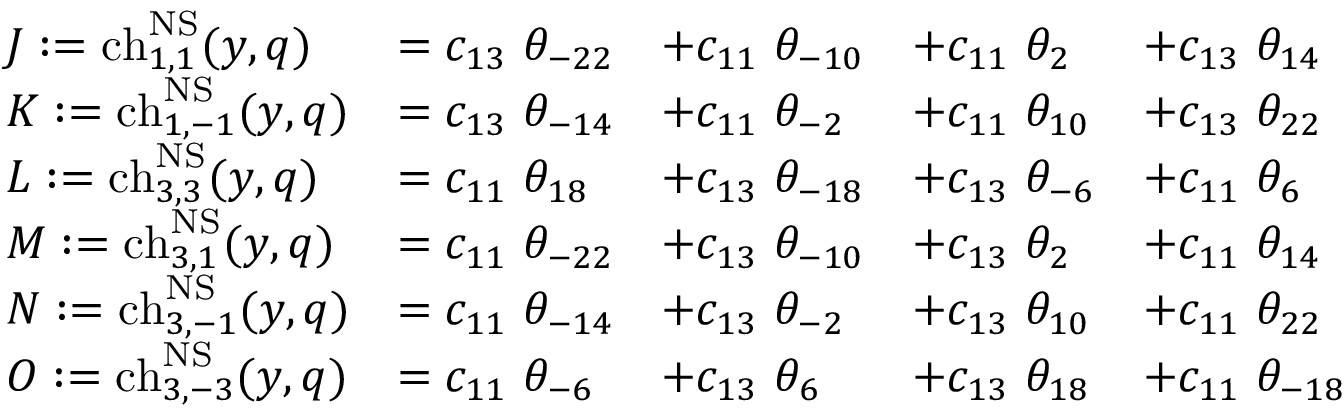
\begin{array} { l l l l l } { { J : = \mathrm { c h } _ { 1 , 1 } ^ { \mathrm { N S } } ( y , q ) } } & { { = c _ { 1 3 } ~ \theta _ { - 2 2 } } } & { { + c _ { 1 1 } ~ \theta _ { - 1 0 } } } & { { + c _ { 1 1 } ~ \theta _ { 2 } } } & { { + c _ { 1 3 } ~ \theta _ { 1 4 } } } \\ { { K : = \mathrm { c h } _ { 1 , - 1 } ^ { \mathrm { N S } } ( y , q ) } } & { { = c _ { 1 3 } ~ \theta _ { - 1 4 } } } & { { + c _ { 1 1 } ~ \theta _ { - 2 } } } & { { + c _ { 1 1 } ~ \theta _ { 1 0 } } } & { { + c _ { 1 3 } ~ \theta _ { 2 2 } } } \\ { { L : = \mathrm { c h } _ { 3 , 3 } ^ { \mathrm { N S } } ( y , q ) } } & { { = c _ { 1 1 } ~ \theta _ { 1 8 } } } & { { + c _ { 1 3 } ~ \theta _ { - 1 8 } } } & { { + c _ { 1 3 } ~ \theta _ { - 6 } } } & { { + c _ { 1 1 } ~ \theta _ { 6 } } } \\ { { M : = \mathrm { c h } _ { 3 , 1 } ^ { \mathrm { N S } } ( y , q ) } } & { { = c _ { 1 1 } ~ \theta _ { - 2 2 } } } & { { + c _ { 1 3 } ~ \theta _ { - 1 0 } } } & { { + c _ { 1 3 } ~ \theta _ { 2 } } } & { { + c _ { 1 1 } ~ \theta _ { 1 4 } } } \\ { { N : = \mathrm { c h } _ { 3 , - 1 } ^ { \mathrm { N S } } ( y , q ) } } & { { = c _ { 1 1 } ~ \theta _ { - 1 4 } } } & { { + c _ { 1 3 } ~ \theta _ { - 2 } } } & { { + c _ { 1 3 } ~ \theta _ { 1 0 } } } & { { + c _ { 1 1 } ~ \theta _ { 2 2 } } } \\ { { O : = \mathrm { c h } _ { 3 , - 3 } ^ { \mathrm { N S } } ( y , q ) } } & { { = c _ { 1 1 } ~ \theta _ { - 6 } } } & { { + c _ { 1 3 } ~ \theta _ { 6 } } } & { { + c _ { 1 3 } ~ \theta _ { 1 8 } } } & { { + c _ { 1 1 } ~ \theta _ { - 1 8 } } } \end{array}